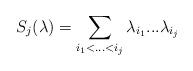
LaTeX: \begin{align*}S_j (\lambda ) =\sum_{i_1 <...<i_j} \lambda_{i_1}...\lambda_{i_j}\end{align*}